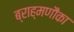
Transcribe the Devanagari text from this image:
ब्राह्मणौंका